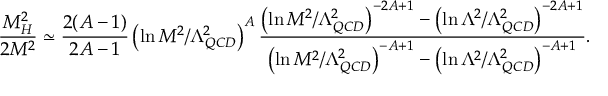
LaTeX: \frac { M _ { H } ^ { 2 } } { 2 M ^ { 2 } } \simeq \frac { 2 ( A - 1 ) } { 2 A - 1 } \left( \ln M ^ { 2 } / \Lambda _ { Q C D } ^ { 2 } \right) ^ { A } \frac { \left( \ln M ^ { 2 } / \Lambda _ { Q C D } ^ { 2 } \right) ^ { - 2 A + 1 } - \left( \ln \Lambda ^ { 2 } / \Lambda _ { Q C D } ^ { 2 } \right) ^ { - 2 A + 1 } } { \left( \ln M ^ { 2 } / \Lambda _ { Q C D } ^ { 2 } \right) ^ { - A + 1 } - \left( \ln \Lambda ^ { 2 } / \Lambda _ { Q C D } ^ { 2 } \right) ^ { - A + 1 } } .